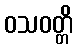
ဝသဝတ္တိ